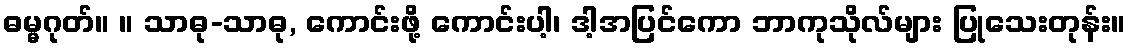
ဓမ္မဂုတ်။ ။ သာဓု-သာဓု, ကောင်းဖို့ ကောင်းပါ့၊ ဒါ့အပြင်ကော ဘာကုသိုလ်များ ပြုသေးတုန်း။